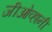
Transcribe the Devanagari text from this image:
जीओव्हानी